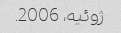
ژوئیه، 2006.